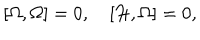
LaTeX: [ \Omega , \Omega ] = 0 , \quad [ { \cal H } , \Omega ] = 0 ,